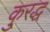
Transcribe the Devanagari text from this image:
कु्रद्ध